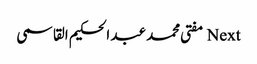
Next مفتی محمد عبد الحکیم القاسمی